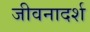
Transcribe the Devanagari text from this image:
जीवनादर्श